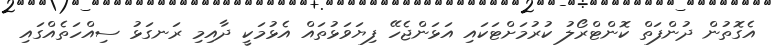
އެގޮތުން ދުންފަތް ކޮންޓްރޯލު ކުރުމަށްޓަކައި އަޅަންޖެހޭ ފިޔަވަޅުތައް އެޅުމަކީ ދާއިމި ރަނގަޅު ސިއްހަތެއްގައި